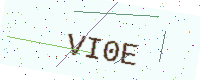
Text: VI0E